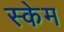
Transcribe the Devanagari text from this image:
स्केम